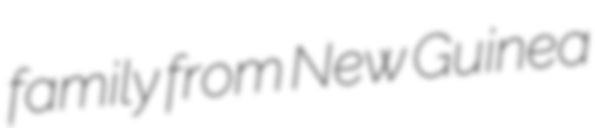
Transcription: family from New Guinea